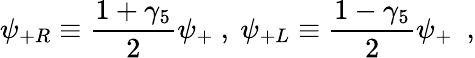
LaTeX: \psi_{+R}\equiv{\frac{1+\gamma_{5}}{2}}\psi_{+}~,~\psi_{+L}\equiv{\frac{1-\gamma_{5}}{2}}\psi_{+}~~,